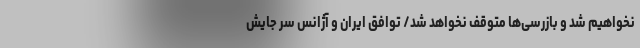
نخواهیم شد و بازرسی‌ها متوقف نخواهد شد/ توافق ایران و آژانس سر جایش